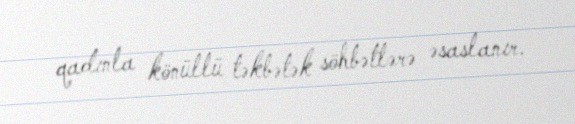
qadınla könüllü təkbətək söhbətlərə əsaslanır.